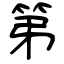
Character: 第